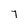
Character: y